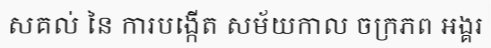
សគល់ នៃ ការបង្កើត សម័យកាល ចក្រភព អង្គរ